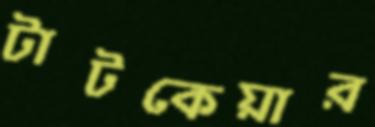
টাটকেয়ার